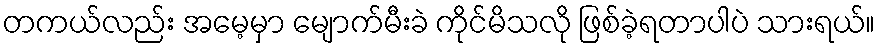
တကယ်လည်း အမေ့မှာ မျောက်မီးခဲ ကိုင်မိသလို ဖြစ်ခဲ့ရတာပါပဲ သားရယ်။